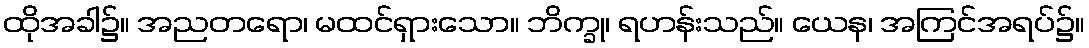
ထိုအခါ၌။ အညတရော၊ မထင်ရှားသော။ ဘိက္ခု၊ ရဟန်းသည်။ ယေန၊ အကြင်အရပ်၌။